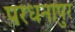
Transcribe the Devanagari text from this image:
परधनापुर